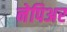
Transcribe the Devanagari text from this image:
नेपिअर